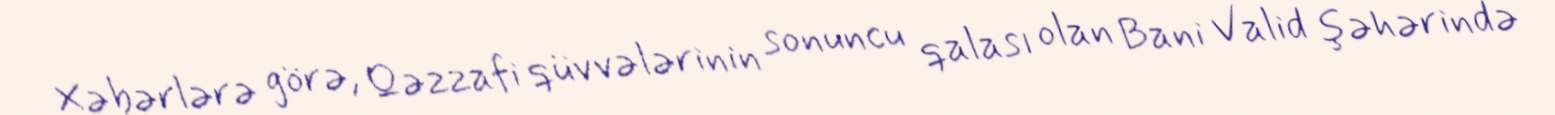
Xəbərlərə görə, Qəzzafi qüvvələrinin sonuncu qalası olan Bani Valid şəhərində